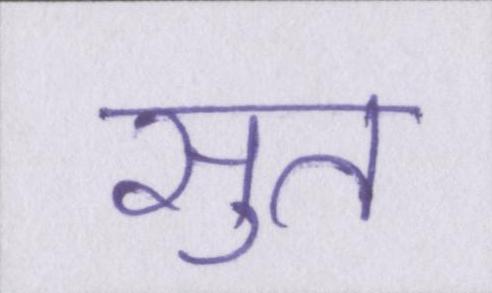
सुत